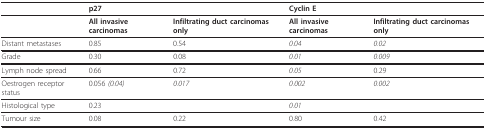
|  | <COLSPAN=2> p27 | <COLSPAN=2> Cyclin E |
 | --- | --- | --- | --- | --- |
 |  | All invasive carcinomas | Infiltrating duct carcinomas only | All invasive carcinomas | Infiltrating duct carcinomas only |
 | Distant metastases | 0.85 | 0.54 | 0.04 | 0.02 |
 | Grade | 0.30 | 0.08 | 0.01 | 0.009 |
 | Lymph node spread | 0.66 | 0.72 | 0.05 | 0.29 |
 | Oestrogen receptor status | 0.056 (0.04) | 0.017 | 0.002 | 0.002 |
 | Histological type | 0.23 |  | 0.01 |  |
 | Tumour size | 0.08 | 0.22 | 0.80 | 0.42 |